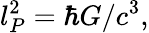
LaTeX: l_{P}^{2}=\hbar G/c^{3},